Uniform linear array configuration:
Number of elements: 16
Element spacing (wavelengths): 0.25
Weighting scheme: kaiser
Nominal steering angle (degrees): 15
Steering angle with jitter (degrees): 13.385
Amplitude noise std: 0.05
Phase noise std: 0.05

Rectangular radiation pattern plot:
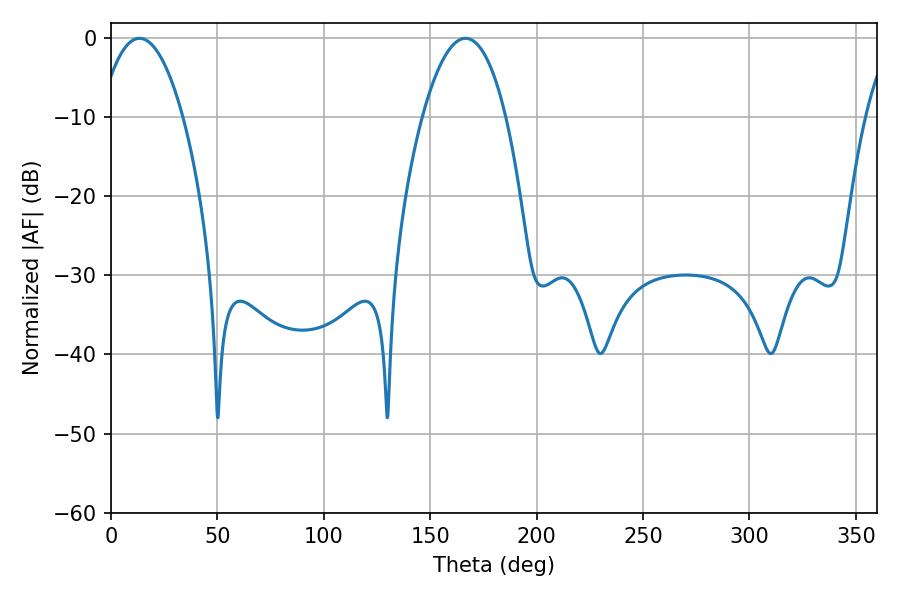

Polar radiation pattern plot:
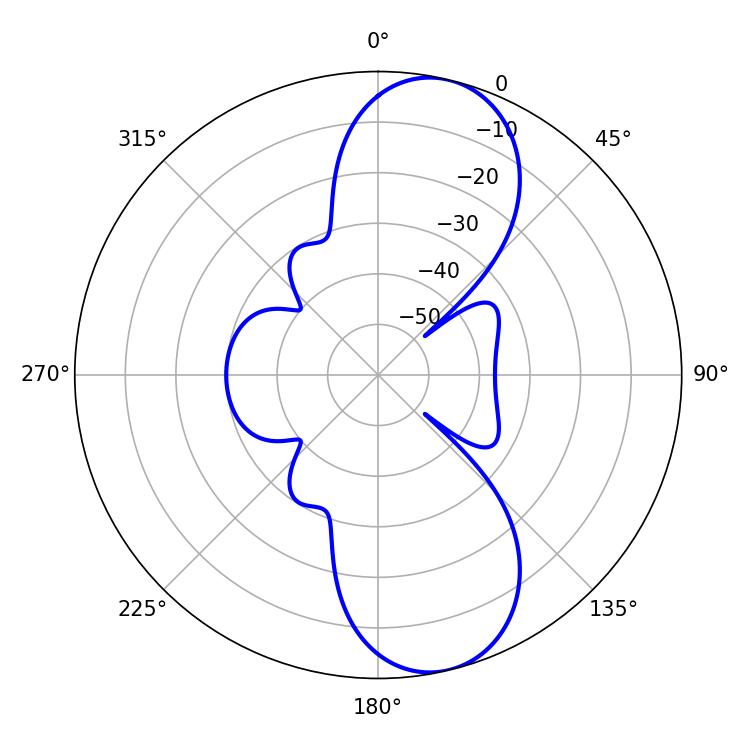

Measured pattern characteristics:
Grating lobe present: FALSE
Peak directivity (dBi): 10.216
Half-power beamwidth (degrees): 21.78
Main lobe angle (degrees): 13.32